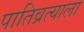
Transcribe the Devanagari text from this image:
पातिव्रत्याला